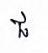
ជ